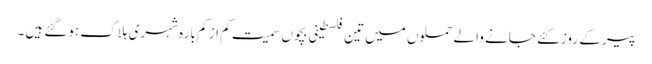
پیر کے روز کئے جانے والے حملوں میں تین فلسطینی بچوں سمیت کم از کم بارہ شہری ہلاک ہوگئے ہیں۔